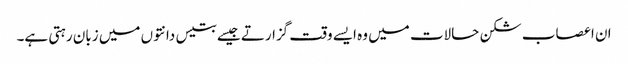
ان اعصاب شکن حالات میں وہ ایسے وقت گزارتے جیسے بتیس دانتوں میں زبان رہتی ہے۔